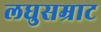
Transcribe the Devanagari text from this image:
लघुसम्राट